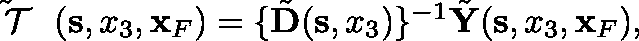
\begin{array} { r } { \tilde { { { \mathrm { ~ \boldmath ~ { ~ \cal ~ T ~ } ~ } } } } ( { \bf s } , x _ { 3 } , { \bf x } _ { F } ) = \{ \tilde { \bf D } ( { \bf s } , x _ { 3 } ) \} ^ { - 1 } \tilde { \bf Y } ( { \bf s } , x _ { 3 } , { \bf x } _ { F } ) , } \end{array}